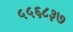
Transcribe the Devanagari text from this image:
५५६८३७